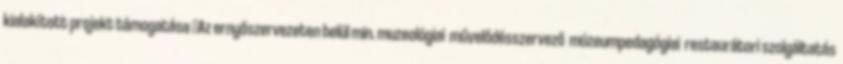
kialakított projekt támogatása ▪Az ernyőszervezeten belül min. muzeológiai művelődésszervező múzeumpedagógiai restaurátori szolgáltatás